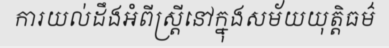
ការយល់ដឹងអំពីស្ត្រីនៅក្នុងសម័យយុត្តិធម៌